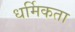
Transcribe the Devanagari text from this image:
धर्मिकता